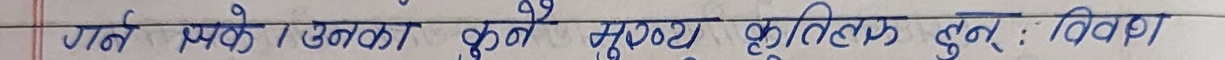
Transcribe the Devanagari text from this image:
गर्न सके उनका कुनै मुख्य कृतिक हुन : विविध